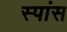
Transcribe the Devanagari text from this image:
स्पांस